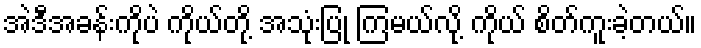
အဲဒီအခန်းကိုပဲ ကိုယ်တို့ အသုံးပြု ကြမယ်လို့ ကိုယ် စိတ်ကူးခဲ့တယ်။